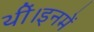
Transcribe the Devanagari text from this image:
थीं।इनमें